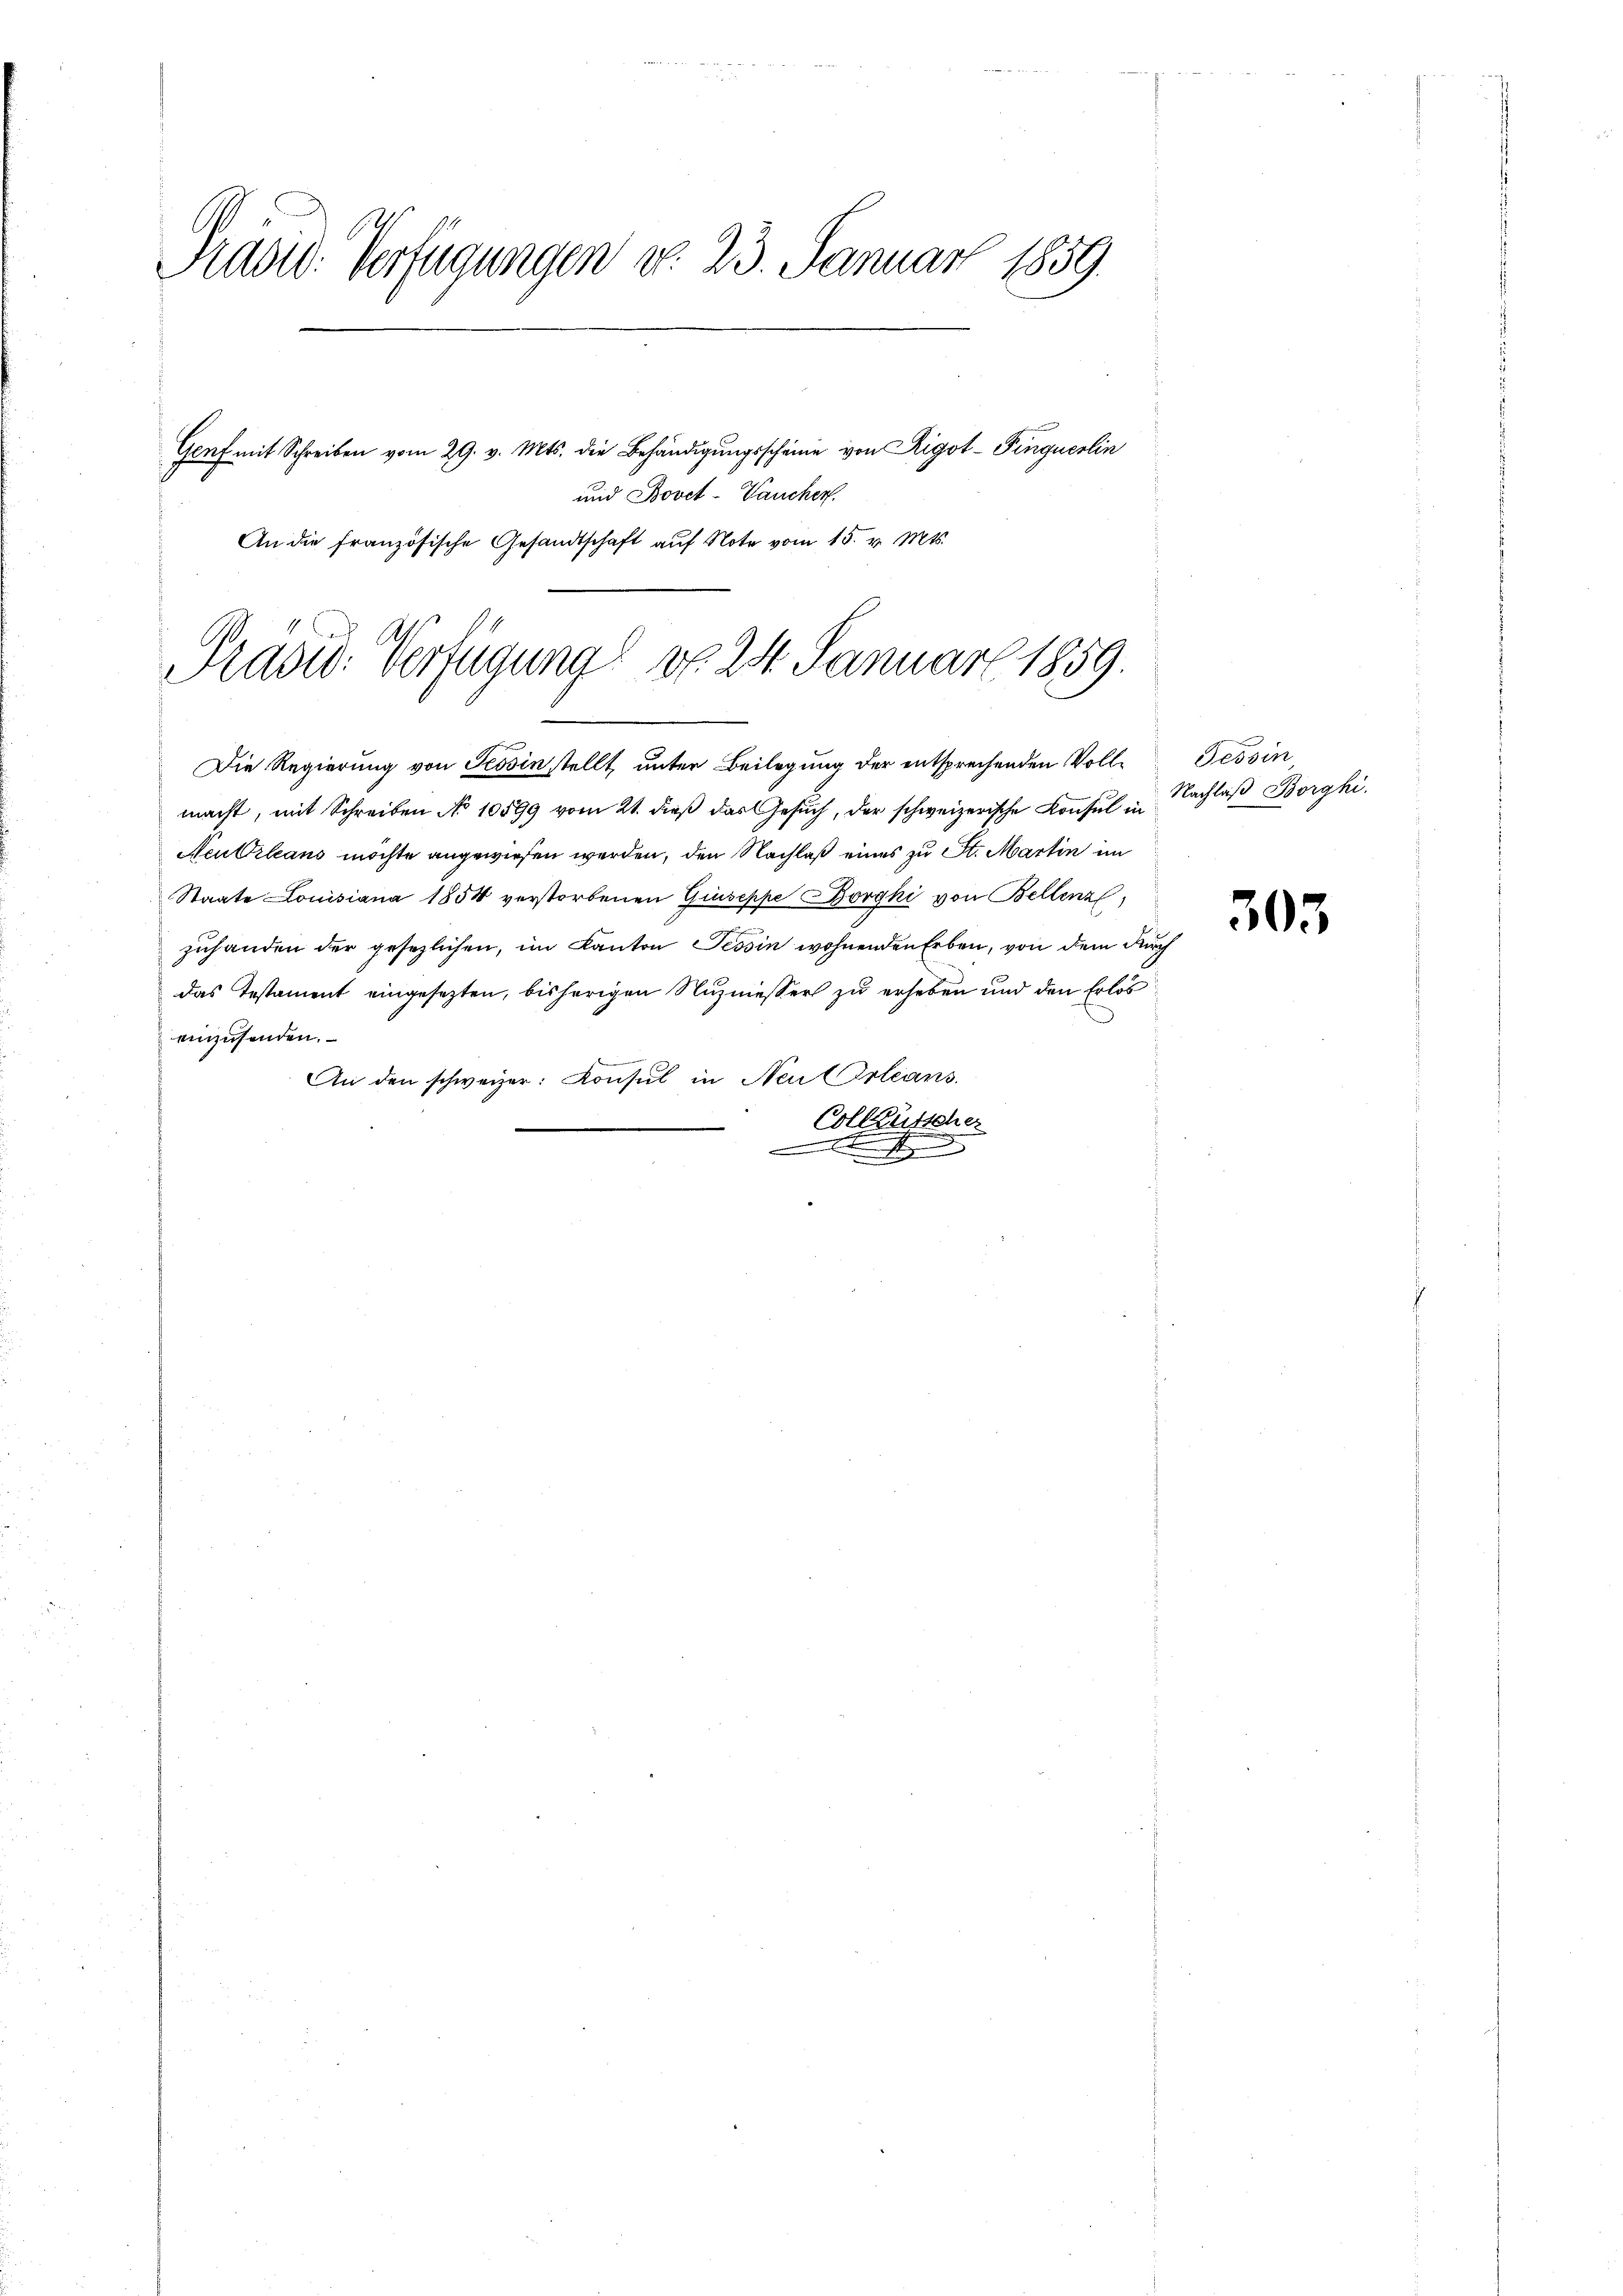
Präsid. Verfügungen d. 23. Januar 1859.
Genf mit Schreiben vom 29. v. Mts. die Behändigungsscheine von Rigol-Pinguerlin

und Bovet-Vaucher.
An die französische Gesandtschaft aŭf Note vom 15. v. Mts.

Präsid. Verfügung von 24. Januar 1859.

Die Regierung von Tessin stellt, unter Beilegung der entsprechenden Vollmacht, mit Schreiben No 10899 vom 21. dieβ das Gesŭch, der schweizerische Consul in Nachlaβ Borghi
Neubrleans möchte angewiesen werden, den Nachlaß eines zu St. Martin im
Staate Louisiana 1854 verstorbenen Giuseppe Borghi von Bellenz,
zuhanden der gesezlichen, im Kanton Tessin wohnenden Erben, von dem durch
das Testament eingesezten, bisherigen Nuzmessers zu erheben und den Erlös
einzusenden.
An den schweizer: Konsul in Neu Orleans
Colleütscher

Tessin

305